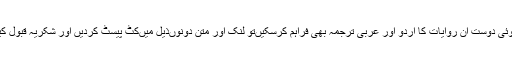
اگر کوئی دوست ان روایات کا اردو اور عربی ترجمہ بھی فراہم کرسکیں‌تو لنک اور متن دونوں‌ذیل میں‌کٹ پیسٹ کردیں اور شکریہ قبول کیجئے۔